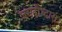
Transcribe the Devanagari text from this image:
जगदोध्दारा